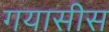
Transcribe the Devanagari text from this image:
गयासीस